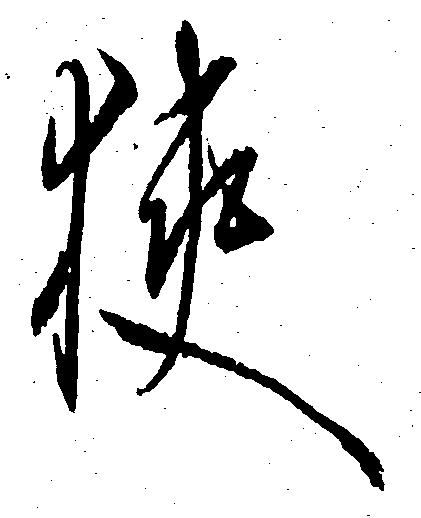
狭